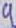
Text: 4